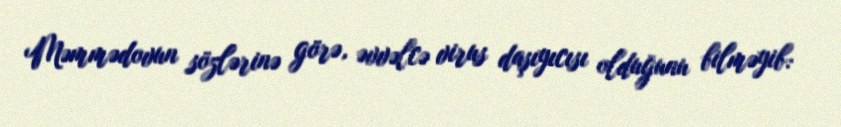
Məmmədovun sözlərinə görə, əvvəlcə virus daşıyıcısı olduğunu bilməyib: